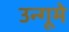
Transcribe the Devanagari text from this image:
उन्गूमे